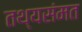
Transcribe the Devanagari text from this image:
तथ्यसंमत